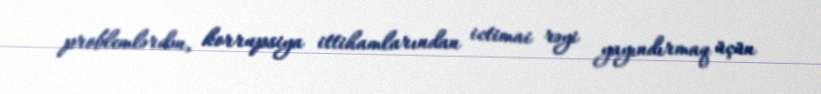
problemlərdən, korrupsiya ittihamlarından ictimai rəyi yayındırmaq üçün